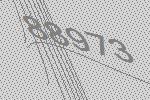
88973